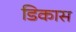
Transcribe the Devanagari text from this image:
डिकास